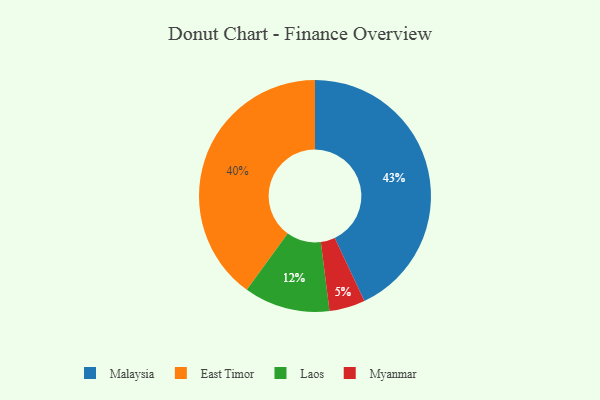
{"axis": {"x": "Category", "y": "Percentage"}, "legend": ["East Timor", "Laos", "Malaysia", "Myanmar"], "data": [{"x": "Myanmar", "y": 5, "type": "Myanmar"}, {"x": "East Timor", "y": 40, "type": "East Timor"}, {"x": "Laos", "y": 12, "type": "Laos"}, {"x": "Malaysia", "y": 43, "type": "Malaysia"}]}